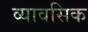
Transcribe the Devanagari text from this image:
व्यावसिक